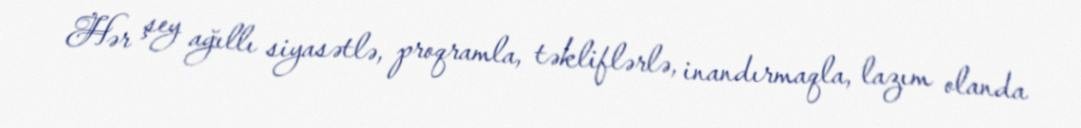
Hər şey ağıllı siyasətlə, proqramla, təkliflərlə, inandırmaqla, lazım olanda